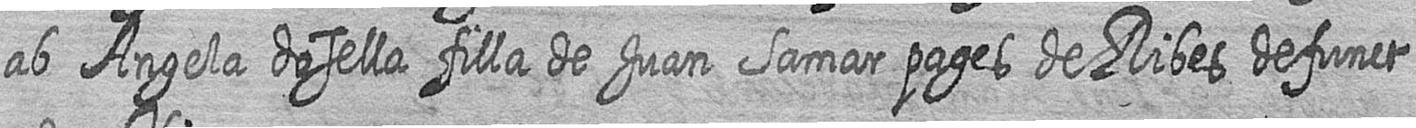
ab Angela dosella filla de Juan Samar pages de Ribes defunct